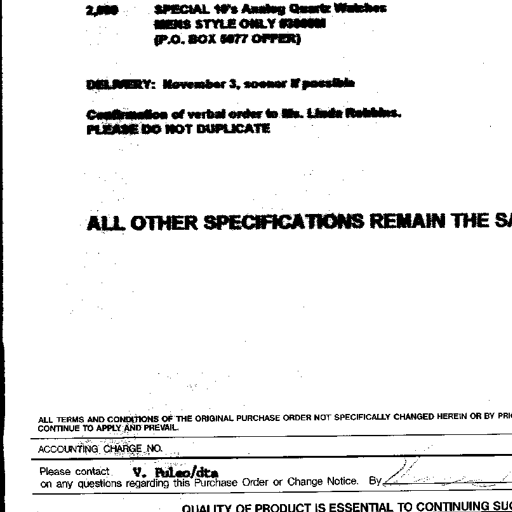
2,000 SPECIAL 10's Analog Quartz Watches
MENS STYLE ONLY #3800M
(P.O. BOX 5077 OFFER)

DELIVERY: November 3, sooner if possible

Confirmation of verbal order to Ms. Linda Robbins.
PLEASE DO NOT DUPLICATE

ALL OTHER SPECIFICATIONS REMAIN THE SA

ALL TERMS AND CONDITIONS OF THE ORIGINAL PURCHASE ORDER NOT SPECIFICALLY CHANGED HEREIN OR BY PRI
CONTINUE TO APPLY AND PREVAIL

ACCOUNTING CHARGE NO.

Please contact V. Puleo/dta
on any questions regarding this Purchase Order or Change Notice. By V. Puleo

QUALITY OF PRODUCT IS ESSENTIAL TO CONTINUING SU